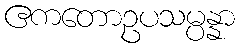
ဧကတောဥပသမ္ပန္နာ